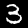
Digit: 3